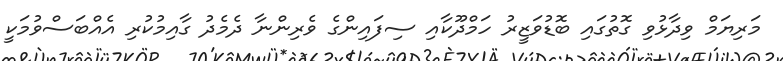
މަރިޔަމް ވިދާޅުވި ގޮތުގައި ބޮޑުވަޒީރު ހަމްދޫކާއި ސިފައިންގެ ވެރިންނާ ދެމެދު ގާއިމުކުރި އެއްބަސްވުމަކީ